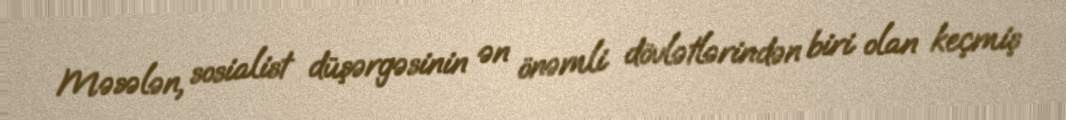
Məsələn, sosialist düşərgəsinin ən önəmli dövlətlərindən biri olan keçmiş